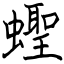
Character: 蟶